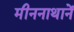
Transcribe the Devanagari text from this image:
मीननाथानें